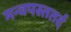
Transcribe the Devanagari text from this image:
मन्वपस्ततर्द